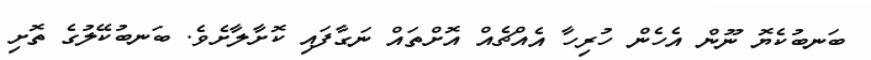
ބަނބުކެޔޮ ނޫން އެހެން ހުރިހާ އެއްޗެއް އޮށްތައް ނަގާފައި ކޮށާލާށެވެ. ބަނބުކޭލުގެ ތޮށި